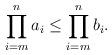
LaTeX: \begin{align*} \prod_{i=m}^n a_i \leq \prod_{i=m}^n b_i. \end{align*}